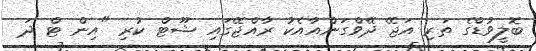
ބޮލީވުޑްގެ ތަރި އަޖޭ ދޭވްގަންއާއެކު ރާއްޖޭގައި ޝޫޓް ކުރި "އިން ޓް ދަ